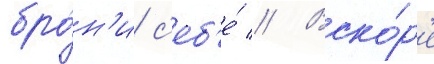
бро́н'и с'еб'е́ // Вско́р'е